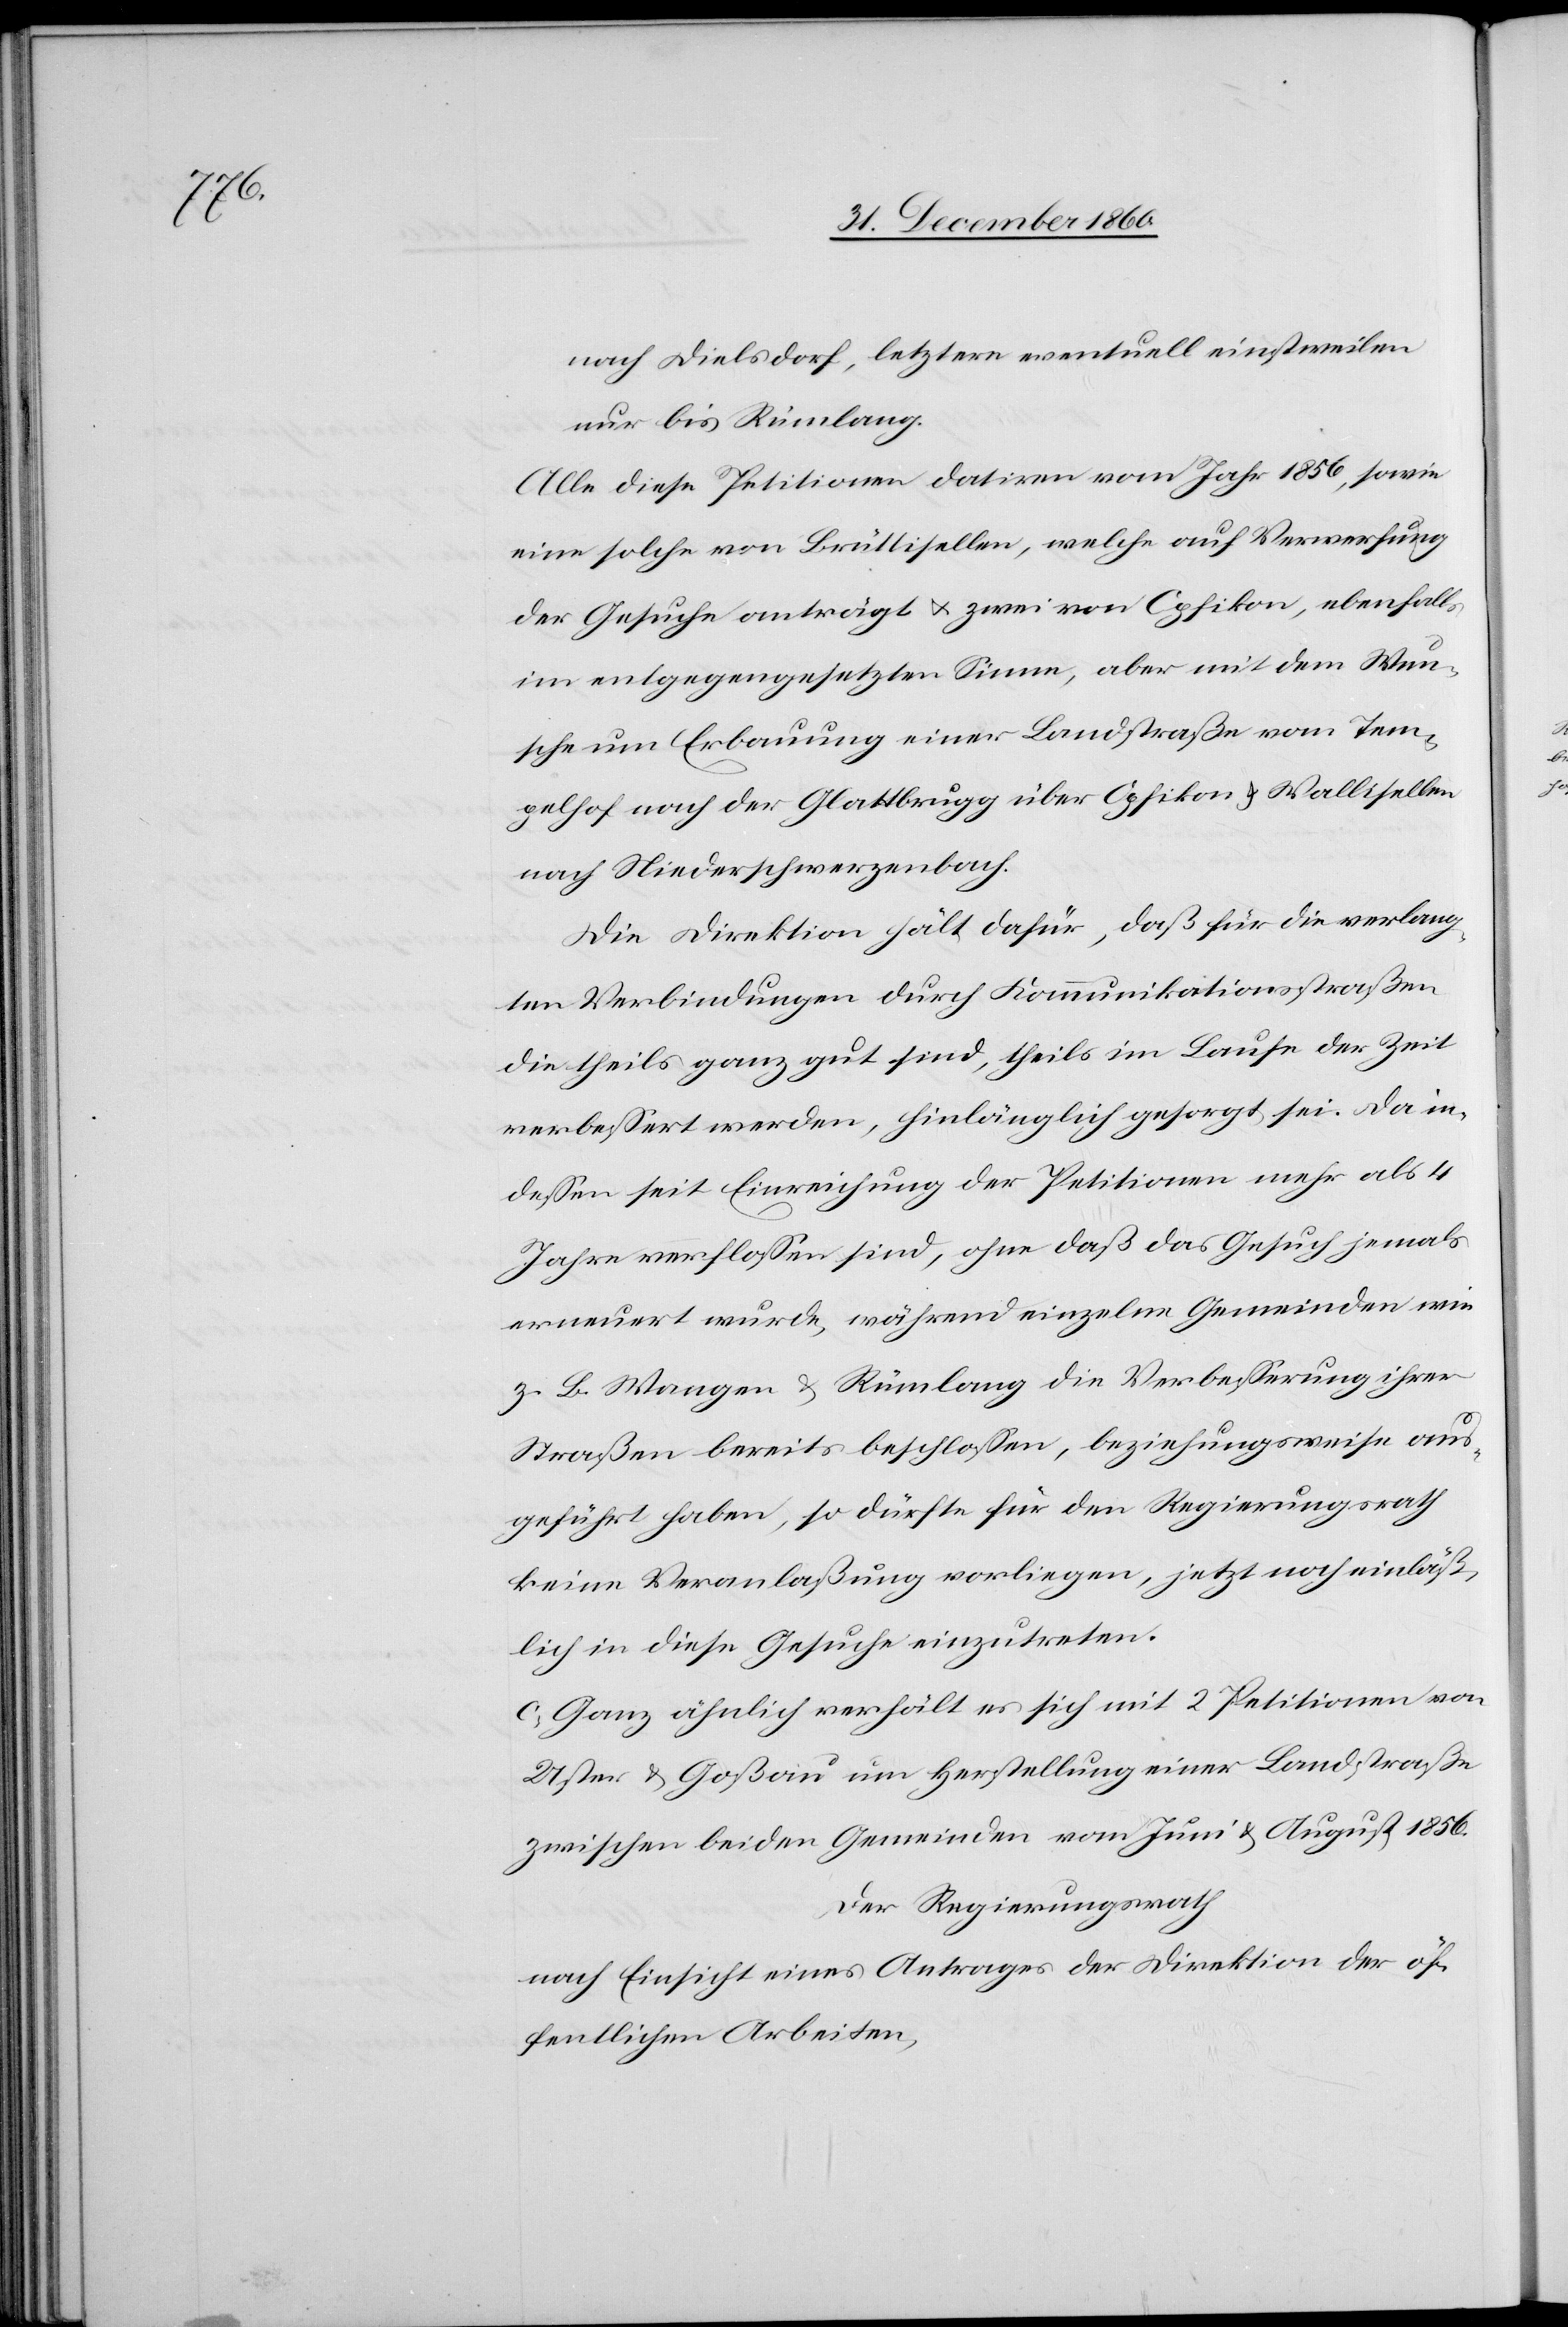
nach Dielsdorf, letztere eventuell einstweilen
nur bis Rümlang.
Alle diese Petitionen datiren vom Jahre 1856, sowie
eine solche von Brüttisellen, welche auf Verwerfung
der Gesuche anträgt u. zwei von Opfikon, ebenfalls
im entgegengesetzten Sinne, aber mit dem Wun¬
sche um Erbauung einer Landstraße vom Tem¬
pelhof nach der Glattbrugg über Opfikon u. Wallisellen
nach Niederschwerzenbach.
Die Direktion hält dafür, daß für die verlang¬
ten Verbindungen durch Kommunikationsstraßen
die theils ganz gut sind, theils im Laufe der Zeit
verbessert werden, hinlänglich gesorgt sei. Da in¬
dessen seit Einreichung der Petitionen mehr als 4
Jahre verflossen sind, ohne daß das Gesuch jemals
erneuert wurde, während einzelne Gemeinden wie
z. B. Wangen u. Rümlang die Verbesserung ihrer
Straßen bereits beschlossen, beziehungsweise aus¬
geführt haben, so dürfte für den Regierungsrath
keine Veranlaßung vorliegen, jetzt noch einläß¬
lich in diese Gesuche einzutreten.
c. Ganz ähnlich verhält es sich mit 2 Petitionen von
Uster u. Goßau um Herstellung einer Landstraße
zwischen beiden Gemeinden vom Juni u. August 1856.
Der Regierungsrath
nach Einsicht eines Antrages der Direktion der öf¬
fentlichen Arbeiten,